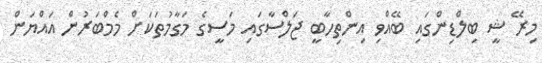
މިރޭ ޝީ ބިލްޑިންގައި ބޭއްވި އިންތިހާބީ ޖަލްސާގައި މަސީގެ މަގާމުތަކަށް މެމްބަރުން އައްޔަން